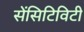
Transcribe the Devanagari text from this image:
सेंसिटिविटी